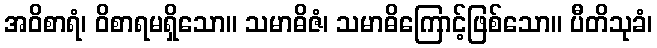
အဝိစာရံ၊ ဝိစာရမရှိသော။ သမာဓိဇံ၊ သမာဓိကြောင့်ဖြစ်သော။ ပီတိသုခံ၊